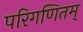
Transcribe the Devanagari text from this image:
परिगणितम्